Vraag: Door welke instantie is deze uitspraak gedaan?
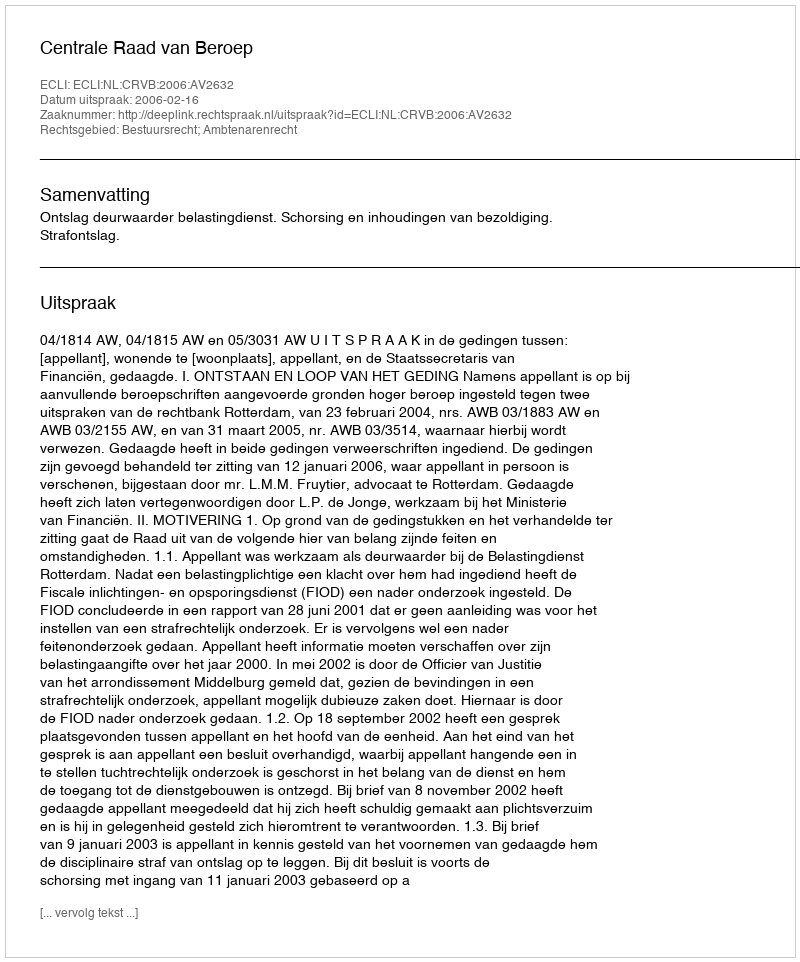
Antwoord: Centrale Raad van Beroep